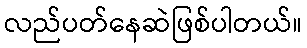
လည်ပတ်နေဆဲဖြစ်ပါတယ်။